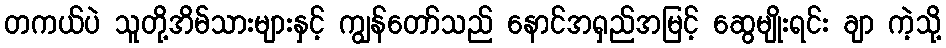
တကယ်ပဲ သူတို့အိမ်သားများနှင့် ကျွန်တော်သည် နောင်အရှည်အမြင့် ဆွေမျိုးရင်း ချာ ကဲ့သို့